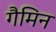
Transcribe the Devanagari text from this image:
गैमिन